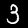
Label: 3